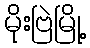
မိုးဗြဲမြို့